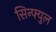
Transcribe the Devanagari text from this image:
सिन्फ्युल